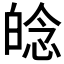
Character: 𤽿